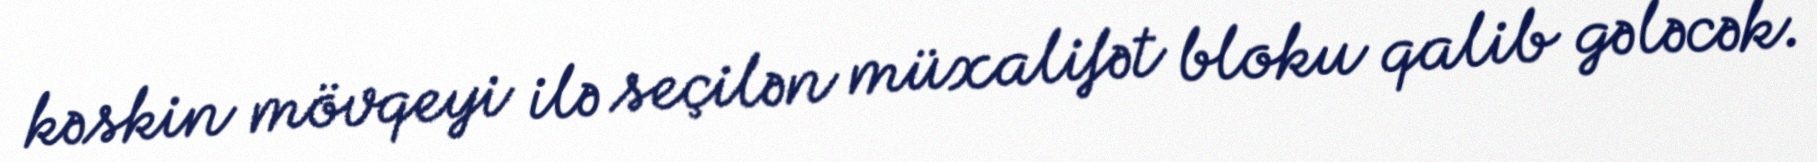
kəskin mövqeyi ilə seçilən müxalifət bloku qalib gələcək.